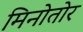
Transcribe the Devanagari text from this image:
मिनोतोर